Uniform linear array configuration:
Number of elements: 48
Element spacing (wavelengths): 0.25
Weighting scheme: hamming
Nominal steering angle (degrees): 15
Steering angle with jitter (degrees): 15.699
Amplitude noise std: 0.05
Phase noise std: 0.05

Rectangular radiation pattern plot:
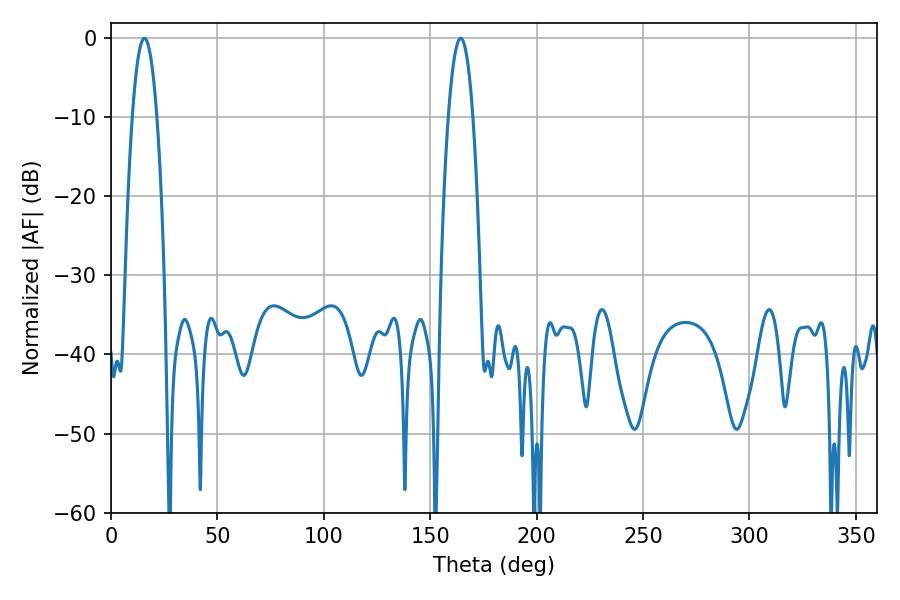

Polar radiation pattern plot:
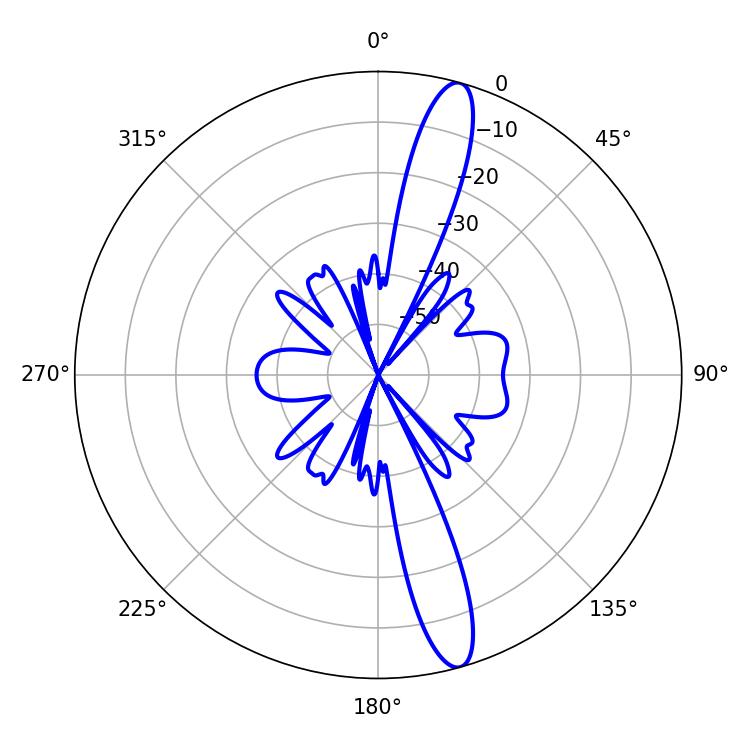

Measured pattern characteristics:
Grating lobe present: FALSE
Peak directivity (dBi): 14.874
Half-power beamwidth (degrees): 6.3
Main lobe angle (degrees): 15.66